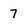
Character: 7